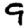
Digit: 9